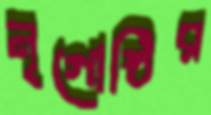
নৃগোষ্ঠির